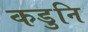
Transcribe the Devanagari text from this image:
कडुनि